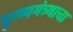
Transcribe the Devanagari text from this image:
मुख्यमंत्र्याचा